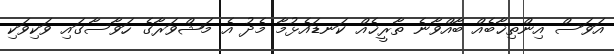
އަވަސް އިންތިޚާބެއް ބާއްވާނެ ތާރީޚެއް ކަނޑައެޅުމާ މެދު އެ މަޝްވަރާގެ ހަވާސާގައި ވަކިވަކި